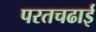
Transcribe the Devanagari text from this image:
परतचढाई